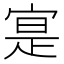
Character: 寔